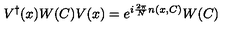
V ^ { \dagger } ( x ) W ( C ) V ( x ) = e ^ { i { \frac { 2 \pi } { N } } n ( x , C ) } W ( C )